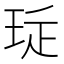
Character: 㻄